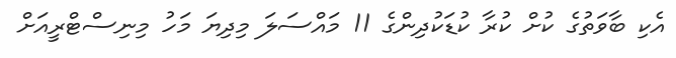
އެކި ބާވަތުގެ ކުށް ކުރާ ކުޑަކުދިންގެ 11 މައްސަލަ މިދިޔަ މަހު މިނިސްޓްރީއަށް